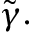
\tilde { \gamma } .